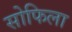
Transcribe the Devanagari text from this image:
सोफिला